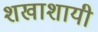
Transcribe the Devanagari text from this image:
शखाशायी